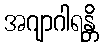
အဂျာဂါရန္တိ